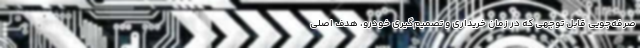
صرفه‌جویی قابل توجهی که در زمان خریداری و تصمیم‌گیری خودرو، هدف اصلی